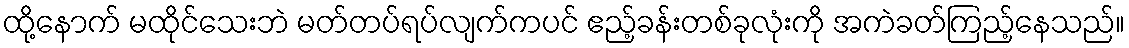
ထို့နောက် မထိုင်သေးဘဲ မတ်တပ်ရပ်လျက်ကပင် ဧည့်ခန်းတစ်ခုလုံးကို အကဲခတ်ကြည့်နေသည်။